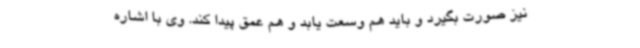
نیز صورت بگیرد و باید هم وسعت یابد و هم عمق پیدا کند. وی با اشاره